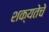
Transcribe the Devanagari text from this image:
शक्यतेचे